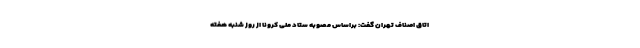
اتاق اصناف تهران گفت: براساس مصوبه ستاد ملی کرونا از روز شنبه هفته